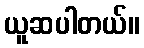
ယူဆပါတယ်။